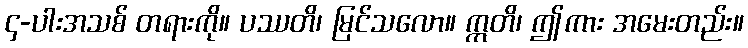
၄-ပါးအသစ် တရားကို။ ပဿတိ၊ မြင်သလော။ ဣတိ၊ ဤကား အမေးတည်း။